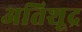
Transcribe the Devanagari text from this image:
अतिशूद्र